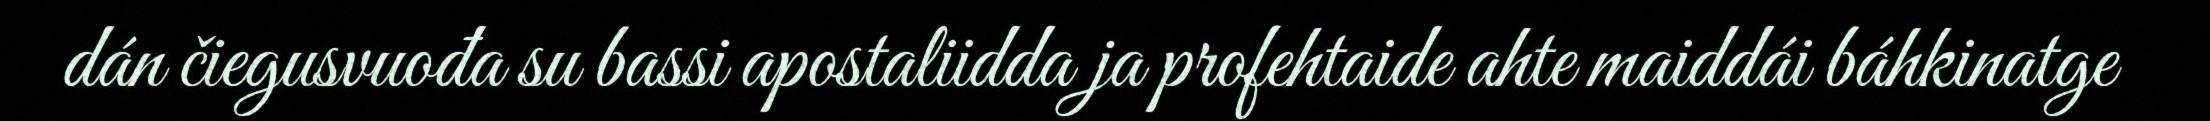
dán čiegusvuođa su bassi apostaliidda ja profehtaide ahte maiddái báhkinatge